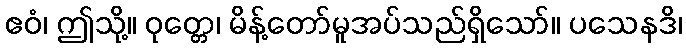
ဧဝံ၊ ဤသို့။ ဝုတ္တေ၊ မိန့်တော်မူအပ်သည်ရှိသော်။ ပသေနဒိ၊